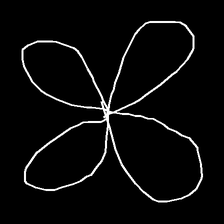
Glyph: billowing